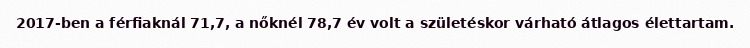
2017-ben a férfiaknál 71,7, a nőknél 78,7 év volt a születéskor várható átlagos élettartam.